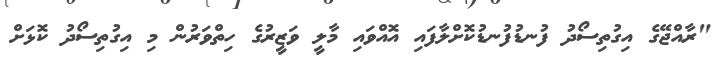
"ރާއްޖޭގެ އިގުތިސޯދު ފުނޑުފުނޑުކޮށްލާފައި އޮއްވައި މާލީ ވަޒީރުގެ ހިތްވަރުން މި އިގުތިސޯދު ކޮޅަށް